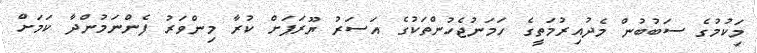
މިަކުމުގެ ސަބުބުން މެދުއިރުމަތީގެ ހަމަނުޖެހުންތަކުގެ އަސަރު ޔޫރަޕަށް ކުރާ މިންވަރު ފެންނަމުންދާ ކަމަށް